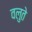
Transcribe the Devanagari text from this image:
वलुते